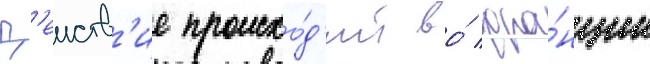
Д'еиств'ие происхо́д'ит во́ фра́нции